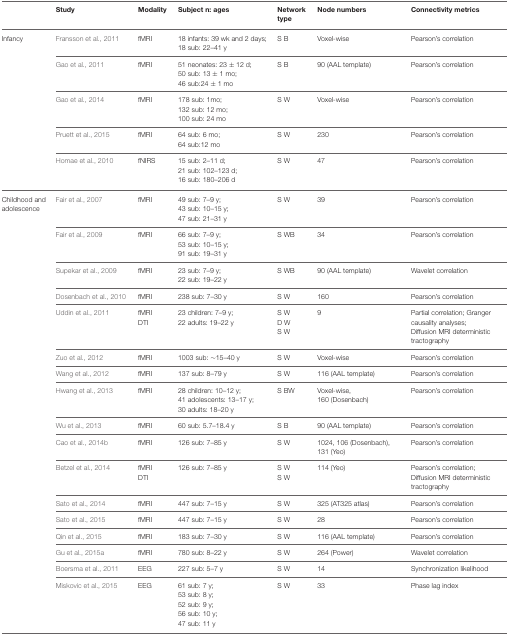
<table><thead><tr><td></td><td><b>Study</b></td><td><b>Modality</b></td><td><b>Subject n: ages</b></td><td><b>Network type</b></td><td><b>Node numbers</b></td><td><b>Connectivity metrics</b></td></tr></thead><tbody><tr><td>Infancy</td><td>Fransson et al., 2011</td><td>fMRI</td><td>18 infants: 39 wk and 2 days;18 sub: 22–41 y</td><td>S B</td><td>Voxel-wise</td><td>Pearson&#x27;s correlation</td></tr><tr><td></td><td>Gao et al., 2011</td><td>fMRI</td><td>51 neonates: 23 ± 12 d;50 sub: 13 ± 1 mo;46 sub:24 ± 1 mo</td><td>S B</td><td>90 (AAL template)</td><td>Pearson&#x27;s correlation</td></tr><tr><td></td><td>Gao et al., 2014</td><td>fMRI</td><td>178 sub: 1mo;132 sub: 12 mo;100 sub: 24 mo</td><td>S W</td><td>Voxel-wise</td><td>Pearson&#x27;s correlation</td></tr><tr><td></td><td>Pruett et al., 2015</td><td>fMRI</td><td>64 sub: 6 mo;64 sub:12 mo</td><td>S W</td><td>230</td><td>Pearson&#x27;s correlation</td></tr><tr><td> </td><td>Homae et al., 2010</td><td>fNIRS</td><td>15 sub: 2–11 d;21 sub: 102–123 d;16 sub: 180–206 d</td><td>S W</td><td>47</td><td>Pearson&#x27;s correlation</td></tr><tr><td>Childhood and adolescence</td><td>Fair et al., 2007</td><td>fMRI</td><td>49 sub: 7–9 y;43 sub: 10–15 y;47 sub: 21–31 y</td><td>S W</td><td>39</td><td>Pearson&#x27;s correlation</td></tr><tr><td></td><td>Fair et al., 2009</td><td>fMRI</td><td>66 sub: 7–9 y;53 sub: 10–15 y;91 sub: 19–31 y</td><td>S WB</td><td>34</td><td>Pearson&#x27;s correlation</td></tr><tr><td></td><td>Supekar et al., 2009</td><td>fMRI</td><td>23 sub: 7–9 y;22 sub: 19–22 y</td><td>S WB</td><td>90 (AAL template)</td><td>Wavelet correlation</td></tr><tr><td></td><td>Dosenbach et al., 2010</td><td>fMRI</td><td>238 sub: 7–30 y</td><td>S W</td><td>160</td><td>Pearson&#x27;s correlation</td></tr><tr><td></td><td>Uddin et al., 2011</td><td>fMRI DTI</td><td>23 children: 7–9 y;22 adults: 19–22 y</td><td>S WD WS W</td><td>9</td><td>Partial correlation; Granger causality analyses; Diffusion MRI deterministic tractography</td></tr><tr><td></td><td>Zuo et al., 2012</td><td>fMRI</td><td>1003 sub: ~15–40 y</td><td>S W</td><td>Voxel-wise</td><td>Pearson&#x27;s correlation</td></tr><tr><td></td><td>Wang et al., 2012</td><td>fMRI</td><td>137 sub: 8–79 y</td><td>S W</td><td>116 (AAL template)</td><td>Pearson&#x27;s correlation</td></tr><tr><td></td><td>Hwang et al., 2013</td><td>fMRI</td><td>28 children: 10–12 y;41 adolescents: 13–17 y;30 adults: 18–20 y</td><td>S BW</td><td>Voxel-wise, 160 (Dosenbach)</td><td>Pearson&#x27;s correlation</td></tr><tr><td></td><td>Wu et al., 2013</td><td>fMRI</td><td>60 sub: 5.7–18.4 y</td><td>S B</td><td>90 (AAL template)</td><td>Pearson&#x27;s correlation</td></tr><tr><td></td><td>Cao et al., 2014b</td><td>fMRI</td><td>126 sub: 7–85 y</td><td>S W</td><td>1024, 106 (Dosenbach), 131 (Yeo)</td><td>Pearson&#x27;s correlation</td></tr><tr><td></td><td>Betzel et al., 2014</td><td>fMRI DTI</td><td>126 sub: 7–85 y</td><td>S WS W</td><td>114 (Yeo)</td><td>Pearson&#x27;s correlation; Diffusion MRI deterministic tractography</td></tr><tr><td></td><td>Sato et al., 2014</td><td>fMRI</td><td>447 sub: 7–15 y</td><td>S W</td><td>325 (AT325 atlas)</td><td>Pearson&#x27;s correlation</td></tr><tr><td></td><td>Sato et al., 2015</td><td>fMRI</td><td>447 sub: 7–15 y</td><td>S W</td><td>28</td><td>Pearson&#x27;s correlation</td></tr><tr><td></td><td>Qin et al., 2015</td><td>fMRI</td><td>183 sub: 7–30 y</td><td>S W</td><td>116 (AAL template)</td><td>Pearson&#x27;s correlation</td></tr><tr><td></td><td>Gu et al., 2015a</td><td>fMRI</td><td>780 sub: 8–22 y</td><td>S W</td><td>264 (Power)</td><td>Wavelet correlation</td></tr><tr><td></td><td>Boersma et al., 2011</td><td>EEG</td><td>227 sub: 5–7 y</td><td>S W</td><td>14</td><td>Synchronization likelihood</td></tr><tr><td></td><td>Miskovic et al., 2015</td><td>EEG</td><td>61 sub: 7 y;53 sub: 8 y;52 sub: 9 y;56 sub: 10 y;47 sub: 11 y</td><td>S W</td><td>33</td><td>Phase lag index</td></tr></tbody></table>